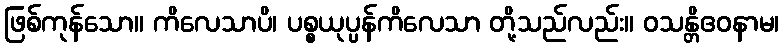
ဖြစ်ကုန်သော။ ကိလေသာပိ၊ ပစ္စယုပ္ပန်ကိလေသာ တို့သည်လည်း။ ဝသန္တိဧဝနာမ၊